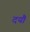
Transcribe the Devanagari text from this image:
दयौ